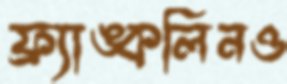
ফ্র্যাঙ্কলিনও